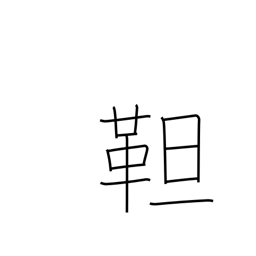
Meaning: tanned leather